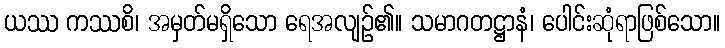
ယဿ ကဿစိ၊ အမှတ်မရှိသော ရေအလျဉ်၏။ သမာဂတဋ္ဌာနံ၊ ပေါင်းဆုံရာဖြစ်သော။